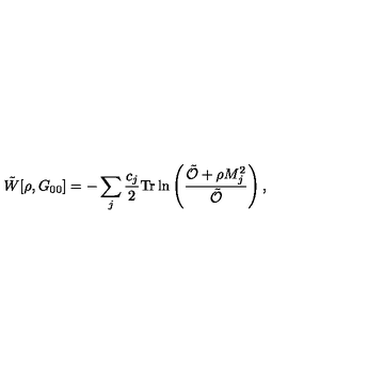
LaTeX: \tilde { W } [ \rho , G _ { 0 0 } ] = - \sum _ { j } \frac { c _ { j } } { 2 } \mathrm { T r } \ln \left( \frac { \tilde { \mathcal { O } } + \rho M _ { j } ^ { 2 } } { \tilde { \mathcal { O } } } \right) ,